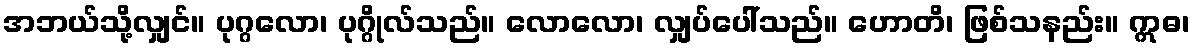
အဘယ်သို့လျှင်။ ပုဂ္ဂလော၊ ပုဂ္ဂိုလ်သည်။ လောလော၊ လျှပ်ပေါ်သည်။ ဟောတိ၊ ဖြစ်သနည်း။ ဣဓ၊